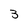
Character: 3